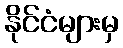
နိုင်ငံများမှ